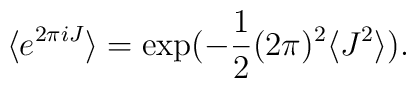
\langle e^{2\pi iJ} \rangle = \exp (-\frac{1}{2}(2\pi )^2\langle J^2 \rangle).